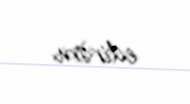
edirəm.